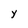
Character: Y